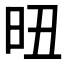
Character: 𣅴